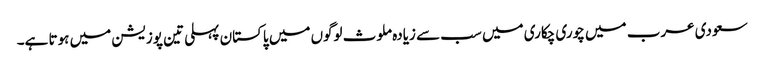
سعودی عرب میں چوری چکاری میں سب سے زیادہ ملوث لوگوں میں پاکستان پہلی تین پوزیشن میں ہوتا ہے۔